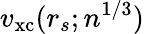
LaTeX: v_{\mathrm{xc}}(r_{s};n^{1/3})